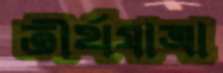
তীর্থযাত্রা